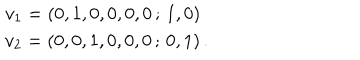
\begin{array} { c } { { v _ { 1 } = \left( 0 , 1 , 0 , 0 , 0 , 0 \, ; \, 1 , 0 \right) \ } } \\ { { v _ { 2 } = \left( 0 , 0 , 1 , 0 , 0 , 0 \, ; \, 0 , 1 \right) . } } \\ \end{array}